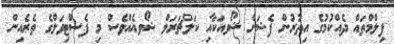
ފިލްމްތައް ދެއްކުމުގެ އިތުރުން ފެޝަން ޝޯވއަކާއި ކަލްޗަރަލް ޝޯވއެއްވެސް މި ފެސްޓިވަލްގެ ތެރެއިން